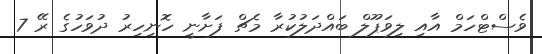
ވެސްޓްހަމް އާއި ލިވަޕޫލް ބައްދަލުކުރާ މެޗް ފަށާނީ ހޮނިހިރު ދުވަހުގެ ރޭ 7